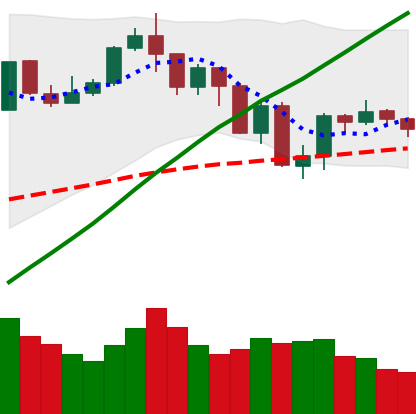
Ticker: BTC-USD
Chart end date: 2019-07-22
Forward return: -8.367%
Label: down_7plus